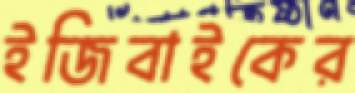
ইজিবাইকের